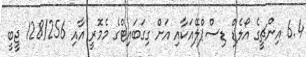
6.4 އިންޗީގެ އޯލެޑް ޑިސްޕްލޭއަކާއި އަށް ގިގަބައިޓްގެ މެމޮރީ އާއި 128/256 ޖީބީ